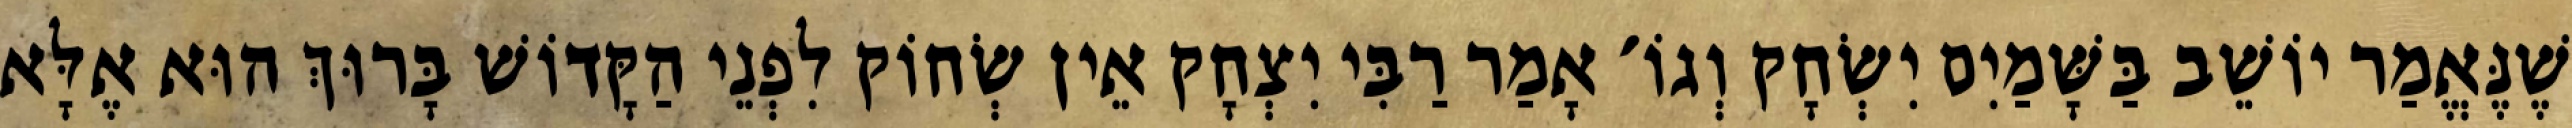
שֶׁנֶּאֱמַר יוֹשֵׁב בַּשָּׁמַיִם יִשְׂחָק וְגוֹ׳ אָמַר רַבִּי יִצְחָק אֵין שְׂחוֹק לִפְנֵי הַקָּדוֹשׁ בָּרוּךְ הוּא אֶלָּא